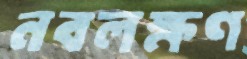
নবলক্ষণ